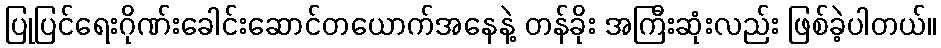
ပြုပြင်ရေးဂိုဏ်းခေါင်းဆောင်တယောက်အနေနဲ့ တန်ခိုး အကြီးဆုံးလည်း ဖြစ်ခဲ့ပါတယ်။